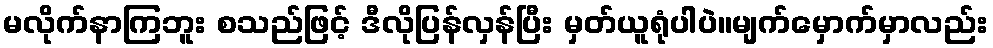
မလိုက်နာကြဘူး စသည်ဖြင့် ဒီလိုပြန်လှန်ပြီး မှတ်ယူရုံပါပဲ။မျက်မှောက်မှာလည်း